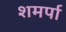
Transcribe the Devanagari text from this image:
शमर्पा